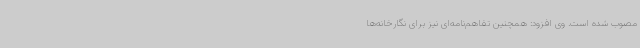
مصوب شده است. وی افزود: همچنین تفاهم‌نامه‌ای نیز برای نگارخانه‌ها